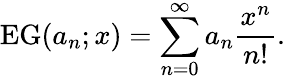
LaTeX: \operatorname{EG}(a_{n};x)=\sum_{n=0}^{\infty}a_{n}{\frac{x^{n}}{n!}}.